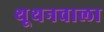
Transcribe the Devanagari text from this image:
थूथनवाला